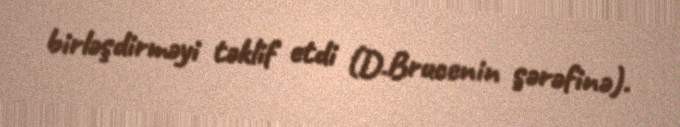
birləşdirməyi təklif etdi (D.Brucenin şərəfinə).